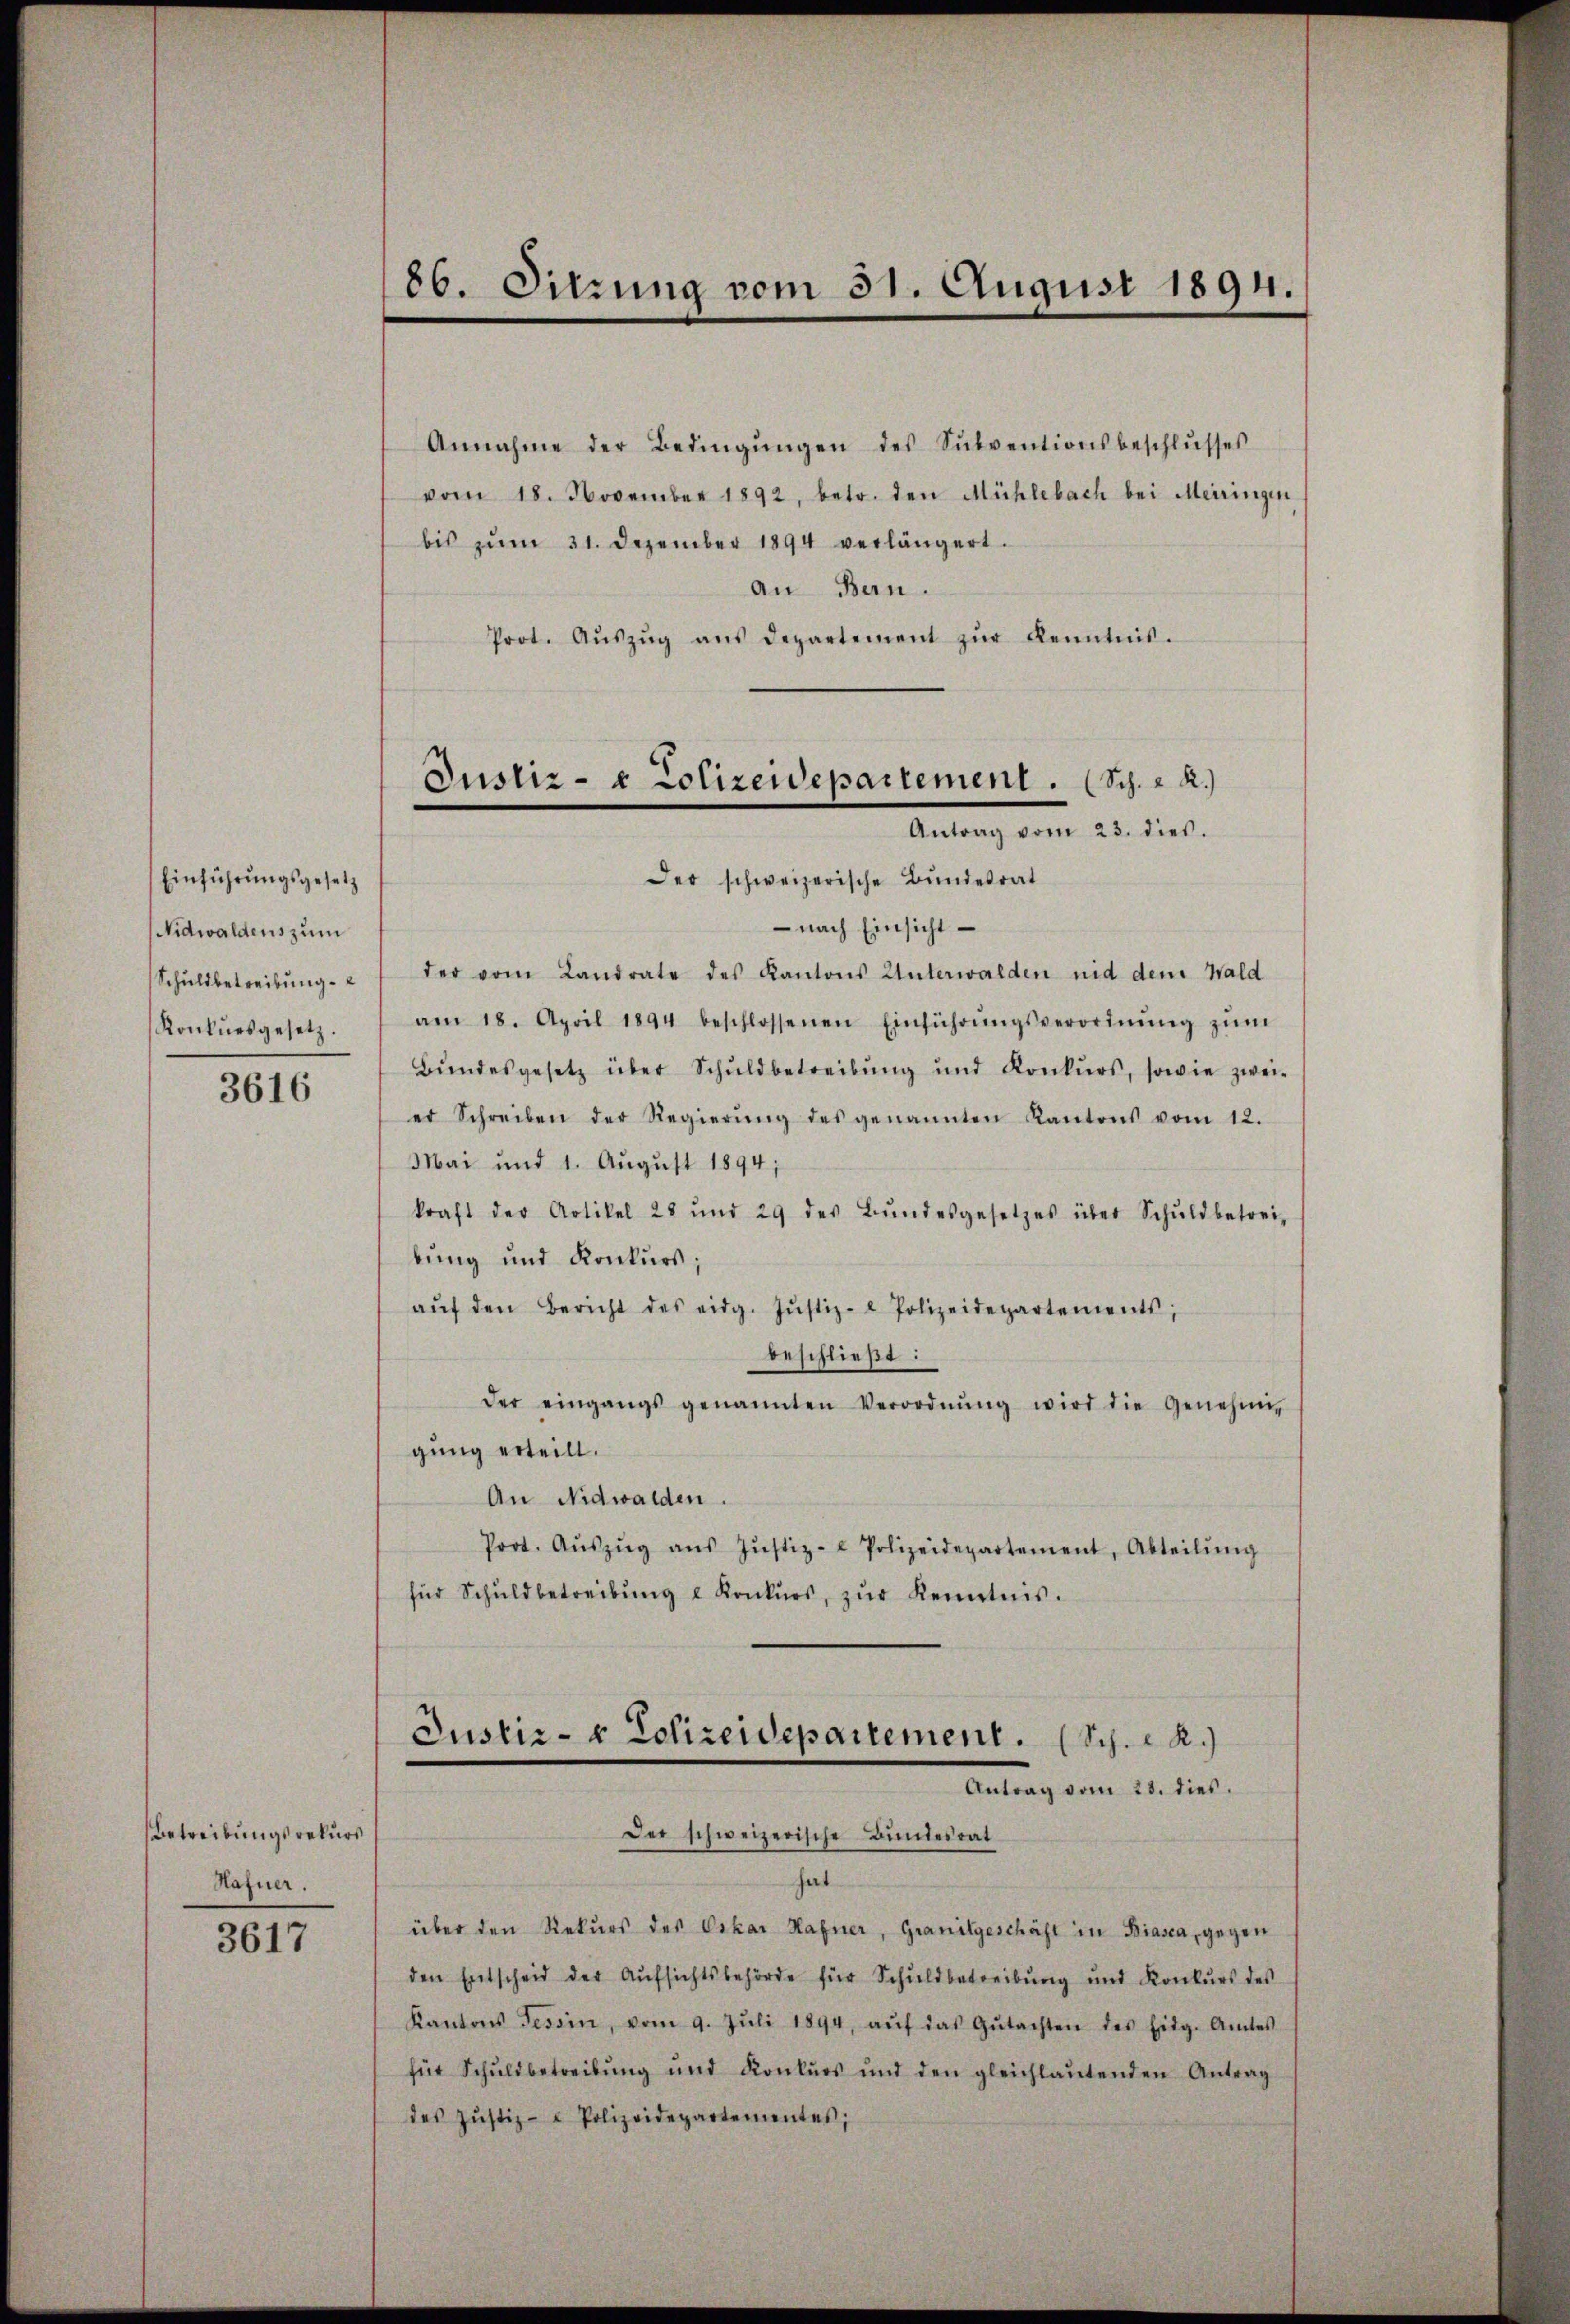
Einführungsgesetz
Nidwaldens zum
Schuldbetreibung.
Konkursgesetz.
3616

Betreibungsrekurs
Hafner.

3617

86. Sitzung vom 31. August 1894.

Annahme der Bedingŭngen des Sŭbventionsbeschlŭsses
vom 18. November 1892, betr. den Mühlebach bei Meiringen
bis zŭm 31. Dezember 1894 verlängert.
an Bern.
Prot. Aŭszŭg ans Departement zŭr Kenntnis.
Der schweizerische Bundesrat
 nach Einsicht
der vom Landrate des Kantons Unterwalden nid dem Wald
am 18. April 1894 beschlossenen Einführŭngsverordnŭng zŭm
Bŭndesgesetz über Schŭldbetreibŭng und Konkŭrs, sowie zwei-
er Schreiben der Regierŭng des genannten Kantons vom 12.
Mai und 1. August 1894;
kraft der Artikel 28 und 29 des Bŭndesgesetzes über Schŭldbetrei-
bung und Konkurs;
aŭf den Bericht des eidg. Jŭstiz- & Polizeidepartements,
beschließt:
der eingangs genannten Verordnŭng wird die Genehmi-
gung erteilt.
An Nidwalden.
Prot. Aŭszŭg aŭs Jŭstiz- & Polizeidepartement, Abteilŭng
für Schuldbetreibŭng u Konkurs, zŭr Kenntnis.
Justiz- & Polizeidepartement. (Sch. R.)
Antrag vom 28. dies.
Der schweizerische Bundesrat
hat
über den Rekurs des Oskar Hafner, Granitgeschäft in Biasca, gegen
den Entscheid der Aŭfsichtsbehörde für Schŭldbetreibŭng und Konkŭrs des
Kantons Tessin, vom 9. Jŭli 1894, aŭf das Gŭtachten des Eidg. Amtes
für Schŭldbetreibŭng und Konkŭrs und den gleichlaŭtenden Antrag
des Justiz- & Polizeidepartementes,

Justiz- & Polizeidepartement. (Sch. - 2.)
Antrag vom 23. dies.